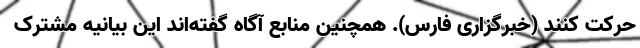
حرکت کنند (خبرگزاری فارس). همچنین منابع آگاه گفته‌اند این بیانیه مشترک